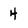
Character: 4